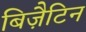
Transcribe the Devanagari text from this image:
बिज़ैटिन